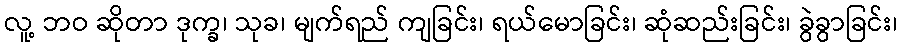
လူ့ ဘဝ ဆိုတာ ဒုက္ခ၊ သုခ၊ မျက်ရည် ကျခြင်း၊ ရယ်မောခြင်း၊ ဆုံဆည်းခြင်း၊ ခွဲခွာခြင်း၊